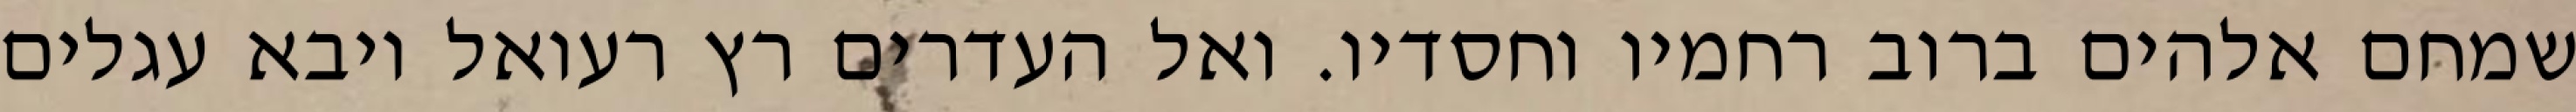
שמחם אלהים ברוב רחמיו וחסדיו. ואל העדרים רץ רעואל ויבא עגלים